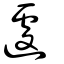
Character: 遽